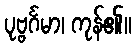
ပုဗ္ဗင်္ဂမာ၊ ကုန်၏။